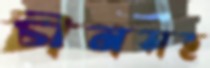
চীনসহ